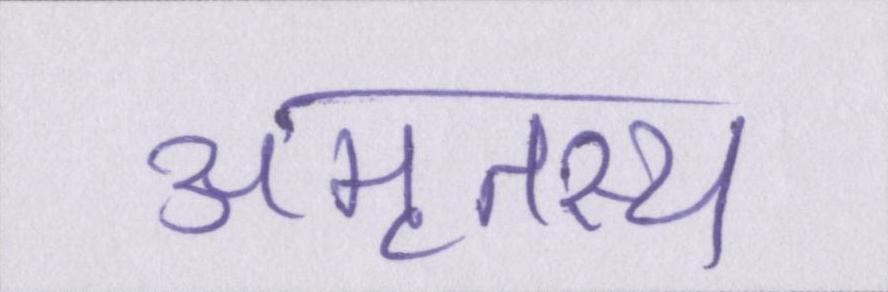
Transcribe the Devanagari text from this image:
अमृतस्य